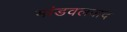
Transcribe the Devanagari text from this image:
भांडवलवाद